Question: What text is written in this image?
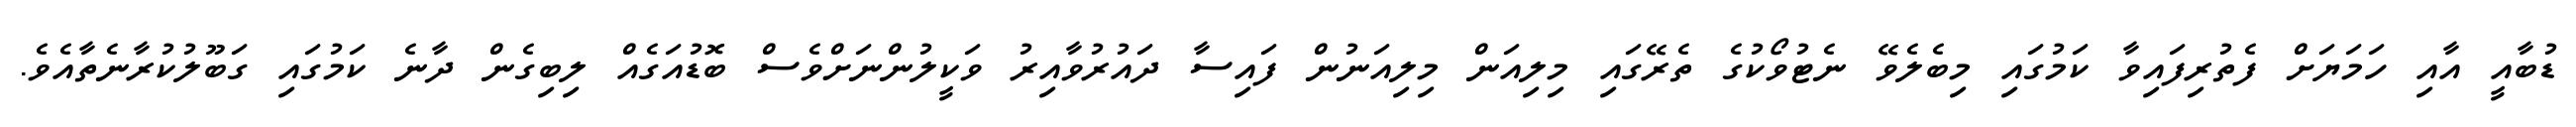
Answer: ޑުބާއީ އާއި ހަމަޔަށް ފެތުރިފައިވާ ކަމުގައި މިބެލެވޭ ނެޓުވޯކުގެ ތެރޭގައި މިލިއަން މިލިއަނުން ފައިސާ ދައުރުވާއިރު ވަކީލުންނަށްވެސް ބޮޑުއަގެއް ލިބިގެން ދާނެ ކަމުގައި ގަބޫލުކުރާނެތާއެވެ.